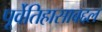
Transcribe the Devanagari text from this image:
पूर्वेतिहासाबद्दल